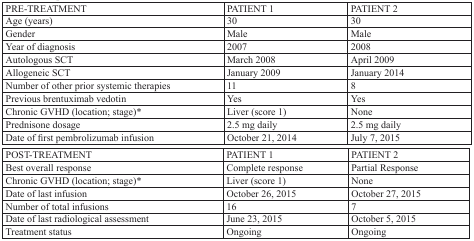
<table><thead><tr><td><b>PRE-TREATMENT</b></td><td><b>PATIENT 1</b></td><td><b>PATIENT 2</b></td></tr></thead><tbody><tr><td>Age (years)</td><td>30</td><td>30</td></tr><tr><td>Gender</td><td>Male</td><td>Male</td></tr><tr><td>Year of diagnosis</td><td>2007</td><td>2008</td></tr><tr><td>Autologous SCT</td><td>March 2008</td><td>April 2009</td></tr><tr><td>Allogeneic SCT</td><td>January 2009</td><td>January 2014</td></tr><tr><td>Number of other prior systemic therapies</td><td>11</td><td>8</td></tr><tr><td>Previous brentuximab vedotin</td><td>Yes</td><td>Yes</td></tr><tr><td>Chronic GVHD (location; stage)*</td><td>Liver (score 1)</td><td>None</td></tr><tr><td>Prednisone dosage</td><td>2.5 mg daily</td><td>2.5 mg daily</td></tr><tr><td>Date of first pembrolizumab infusion</td><td>October 21, 2014</td><td>July 7, 2015</td></tr><tr><td>POST-TREATMENT</td><td>PATIENT 1</td><td>PATIENT 2</td></tr><tr><td>Best overall response</td><td>Complete response</td><td>Partial Response</td></tr><tr><td>Chronic GVHD (location; stage)*</td><td>Liver (score 1)</td><td>None</td></tr><tr><td>Date of last infusion</td><td>October 26, 2015</td><td>October 27, 2015</td></tr><tr><td>Number of total infusions</td><td>16</td><td>7</td></tr><tr><td>Date of last radiological assessment</td><td>June 23, 2015</td><td>October 5, 2015</td></tr><tr><td>Treatment status</td><td>Ongoing</td><td>Ongoing</td></tr></tbody></table>